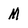
Character: M